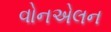
વોનએલન